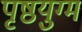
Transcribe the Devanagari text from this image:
पृष्ठयुग्म